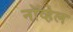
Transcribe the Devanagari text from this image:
नॉव्हेल